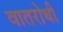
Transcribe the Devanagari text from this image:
वातरोधी